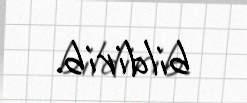
bildirib.